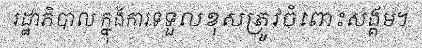
រដ្ឋាភិបាល ក្នុងការទទួលខុសត្រូវចំពោះសង្គម។